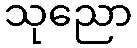
သုညော